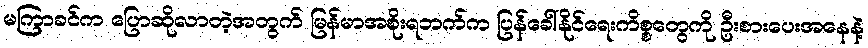
မကြာခင်က ပြောဆိုလာတဲ့အတွက် မြန်မာအစိုးရဘက်က ပြန်ခေါ်နိုင်ရေးကိစ္စတွေကို ဦးစားပေးအနေနဲ့